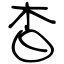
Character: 杳